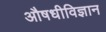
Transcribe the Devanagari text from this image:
औषधीविज्ञान